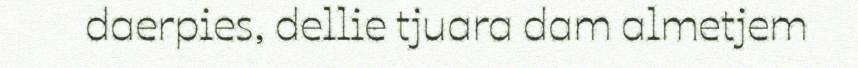
daerpies, dellie tjuara dam almetjem